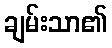
ချမ်းသာ၏